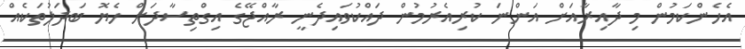
އެހެންކަމުން މި ދާއިރާއަށް އަންނަ ކުރިއެރުމުން ދައްކުވައިދެނީ ރާއްޖޭގެ އިގްތިސާދަށް ހެޔޮ ބަދަލުތަކެއް